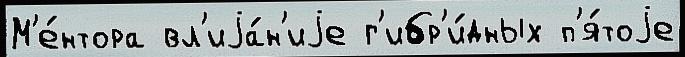
М'е́нтора вл'иjа́н'иjе г'ибр'и́дных п'я́тоjе